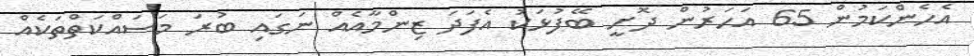
އެހެންކަމުން 65 އަހަރުން ދޮށީ ބޭފުޅަކު އެފަދަ ޒިންމާއެއް ނަގައި ބުރަ މަސައްކަތްތަކެއް